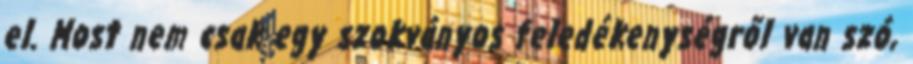
el. Most nem csak egy szokványos feledékenységről van szó,